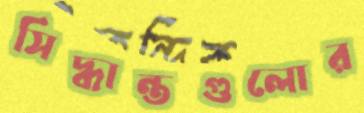
সিদ্ধান্তগুলোর